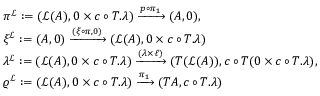
\begin{array} { r l } & { \pi ^ { \mathcal { L } } : = ( \mathcal { L } ( A ) , 0 \times c \circ T . \lambda ) \xrightarrow [ ] { p \circ \pi _ { 1 } } ( A , 0 ) , } \\ & { \xi ^ { \mathcal { L } } : = ( A , 0 ) \xrightarrow [ ] { ( \xi \circ \pi , 0 ) } ( \mathcal { L } ( A ) , 0 \times c \circ T . \lambda ) } \\ & { \lambda ^ { \mathcal { L } } : = ( \mathcal { L } ( A ) , 0 \times c \circ T . \lambda ) \xrightarrow [ ] { ( \lambda \times \ell ) } ( T ( \mathcal { L } ( A ) ) , c \circ T ( 0 \times c \circ T . \lambda ) , } \\ & { \varrho ^ { \mathcal { L } } : = ( \mathcal { L } ( A ) , 0 \times c \circ T . \lambda ) \xrightarrow [ ] { \pi _ { 1 } } ( T A , c \circ T . \lambda ) } \end{array}